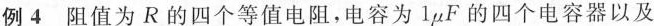
例4阻值为R的四个等值电阻，电容为1\mu F的四个电容器以及